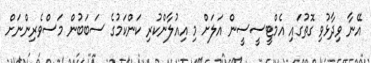
އޭނާ ވިދާޅުވި ގޮތުގައި އެމްޓީސީސީން އަލަށް މި އިއުލާންކުރި ކަންކަމުގެ ސަބަބުން މަސްވެރިންނަށް